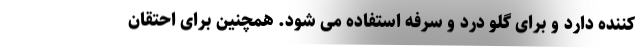
کننده دارد و برای گلو درد و سرفه استفاده می شود. همچنین برای احتقان